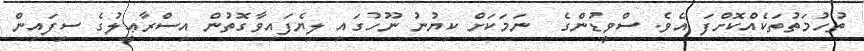
ތުހުމަތުތަކެއްކޮށްފަ އެވެ. ސްވީޑުންގެ  ނަމަކަށް ކިޔުނު ނޫހުގައި ލިޔެފައިވާގޮތުން އިސްރާޢީލުގެ ސިފައިން